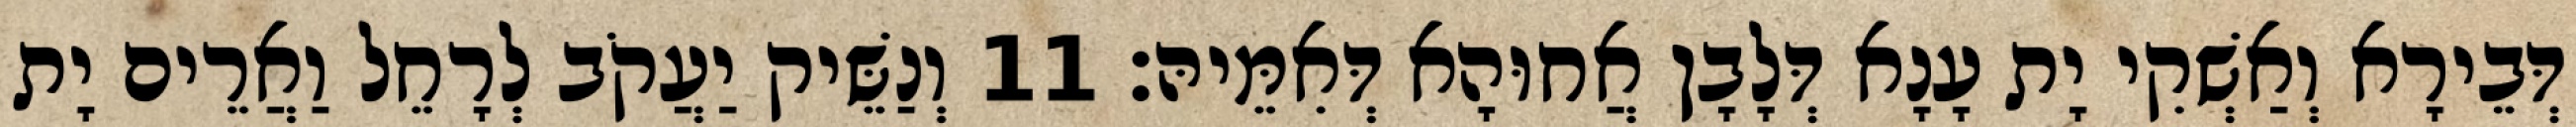
דְּבֵירָא וְאַשְׁקִי יָת עָנָא דְּלָבָן אֲחוּהָא דְּאִמֵּיהּ׃ 11 וְנַשֵּׁיק יַעֲקֹב לְרָחֵל וַאֲרֵים יָת